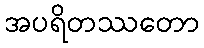
အပရိတဿတော